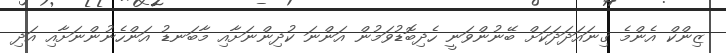
ޒިންކް އެންމެ ގިނައަދަދަކަށް ބޭނުންވަނީ ހެދިބޮޑުވަމުން އަންނަ ކުދިންނަށާއި މާބަނޑު އަންހެނުންނަށާއި އަދި